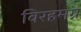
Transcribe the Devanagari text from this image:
विरहमग्न